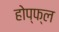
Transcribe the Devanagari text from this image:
होप्फ्ल